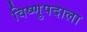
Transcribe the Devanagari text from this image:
विष्णुपदाला